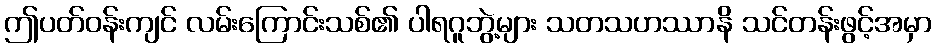
ဤပတ်ဝန်းကျင် လမ်းကြောင်းသစ်၏ ပါရဂူဘွဲ့များ သတသဟဿာနိ သင်တန်းဖွင့်အမှာ